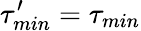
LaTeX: \tau_{min}^{\prime}=\tau_{min}